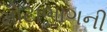
મોટાભાગની